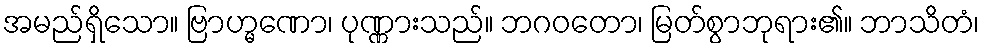
အမည်ရှိသော။ ဗြာဟ္မဏော၊ ပုဏ္ဏားသည်။ ဘဂဝတော၊ မြတ်စွာဘုရား၏။ ဘာသိတံ၊